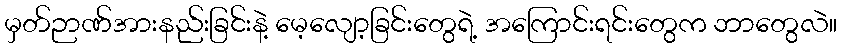
မှတ်ဉာဏ်အားနည်းခြင်းနဲ့ မေ့လျော့ခြင်းတွေရဲ့ အကြောင်းရင်းတွေက ဘာတွေလဲ။